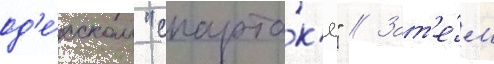
од'е́сском "спарта́к'е" // Зат'е́м